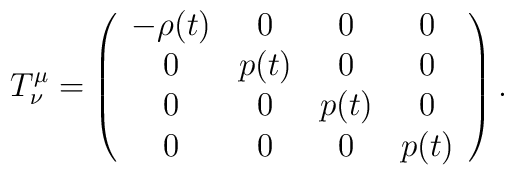
T^{\mu}_{\nu} = \left(\begin{array}{cccc}        -\rho(t) & 0 & 0 & 0 \\        0 & p(t) & 0 & 0 \\        0 & 0 & p(t) & 0 \\        0 & 0 & 0 & p(t)         \end{array}\right).